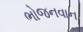
ભોજનવાન